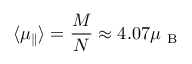
\langle \mu _ { \parallel } \rangle = \frac { M } { N } \approx 4 . 0 7 \mu _ { \mathrm { ~ B ~ } }